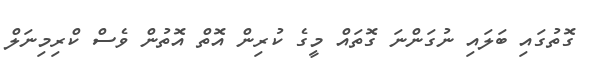
ގޮތުގައި ބަލައި ނުގަންނަ ގޮތައް މީގެ ކުރިން އޮތް އޮތުން ވެސް ކްރިމިނަލް